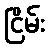
ငြိမ်း